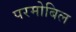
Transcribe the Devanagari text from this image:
परमोबिल